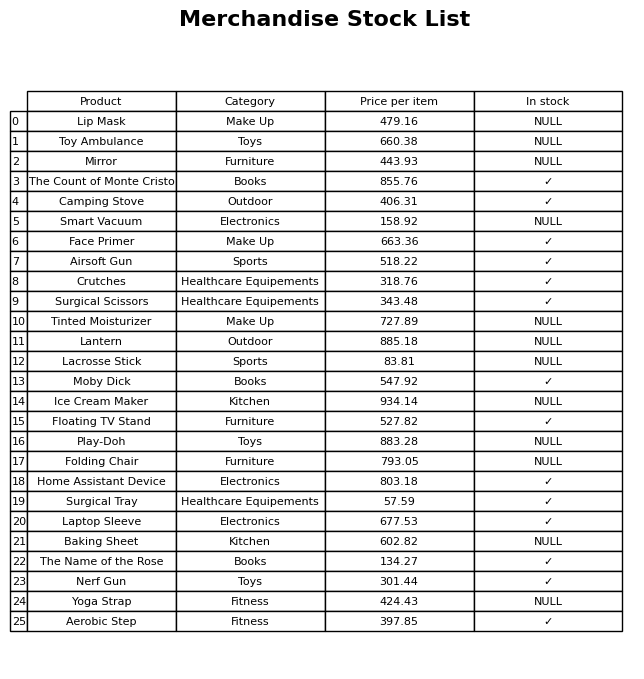
question: What is the price for Mirror?
answer: The price of Mirror is 443.93.